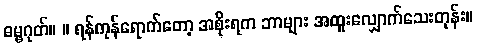
ဓမ္မဂုတ်။ ။ ရန်ကုန်ရောက်တော့ အစိုးရက ဘာများ အထူးလျှောက်သေးတုန်း။